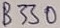
Text: B330